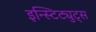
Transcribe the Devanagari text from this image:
इन्स्टिट्युट्स